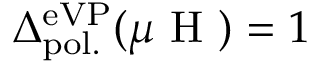
\Delta _ { \mathrm { p o l . } } ^ { \mathrm { e V P } } ( \mu \mathrm { ~ H ~ } ) = 1